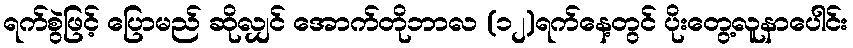
ရက်စွဲဖြင့် ပြောမည် ဆိုလျှင် အောက်တိုဘာလ (၁၂)ရက်နေ့တွင် ပိုးတွေ့လူနာပေါင်း